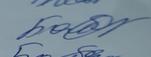
Signature authenticity: genuine